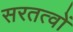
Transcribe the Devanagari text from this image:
सरतत्वों